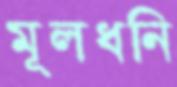
মূলধনি